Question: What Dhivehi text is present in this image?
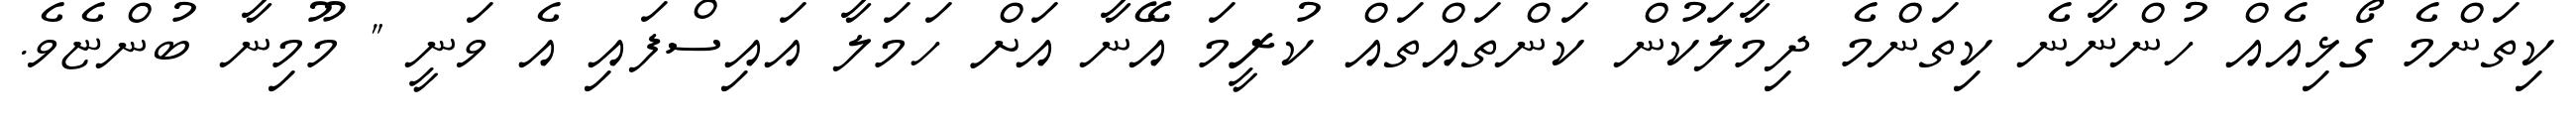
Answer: ކިތަންމެ ގޯޅިއެއް ހުންނާނެ ކިތަންމެ ދިމާލަކުން ކަންތައްތައް ކުރީމަ އޭނާ އަށް ހަމަލާ އައިސްފައި އެ ވަނީ " މޫމިނާ ބުންޏެވެ.